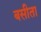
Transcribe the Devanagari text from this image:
बसीता